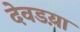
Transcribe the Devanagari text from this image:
देवडय़ा